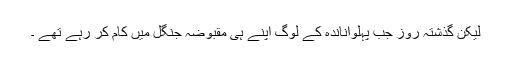
لیکن گذشتہ روز جب پہلواناندہ کے لوگ اپنے ہی مقبوضہ جنگل میں کام کر رہے تھے ۔